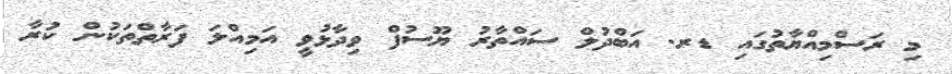
މި ރަސްމިއްޔާތުގައި ޑރ. އަބްދުލް ސައްތާރު ޔޫސުފް ވިދާޅުވީ އަމިއްލަ ފަރާތްތަކުން ކުރާ